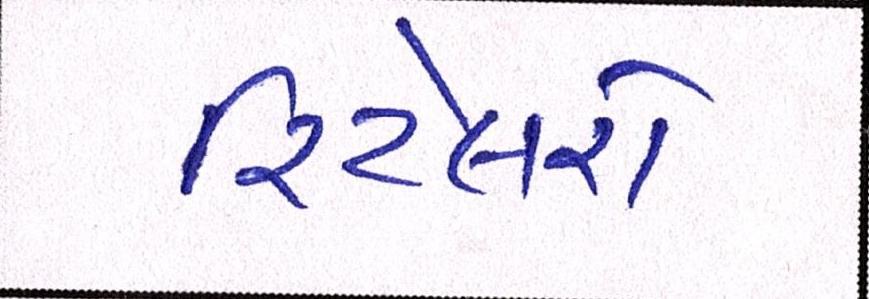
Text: રિટેલરો